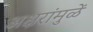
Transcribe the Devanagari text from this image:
अक्षरांमुळें